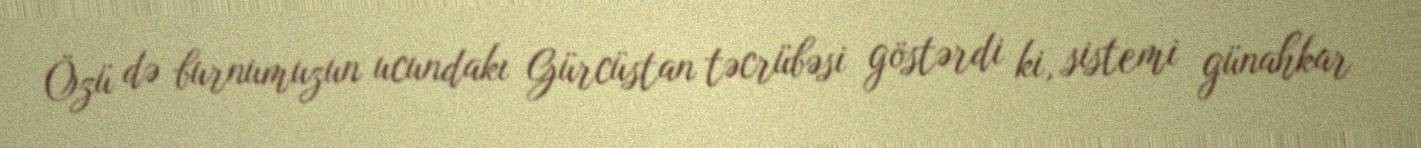
Özü də burnumuzun ucundakı Gürcüstan təcrübəsi göstərdi ki, sistemi günahkar